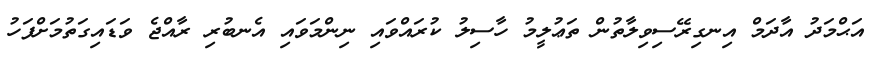
އަޙްމަދު އާދަމް އިނގިރޭސިވިލާތުން ތަޢުލީމު ހާސިލު ކުރައްވައި ނިންމަވައި އެނބުރި ރާއްޖެ ވަޑައިގަތުމަށްފަހު